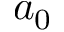
a _ { 0 }